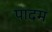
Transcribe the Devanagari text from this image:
पादम